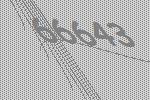
66643